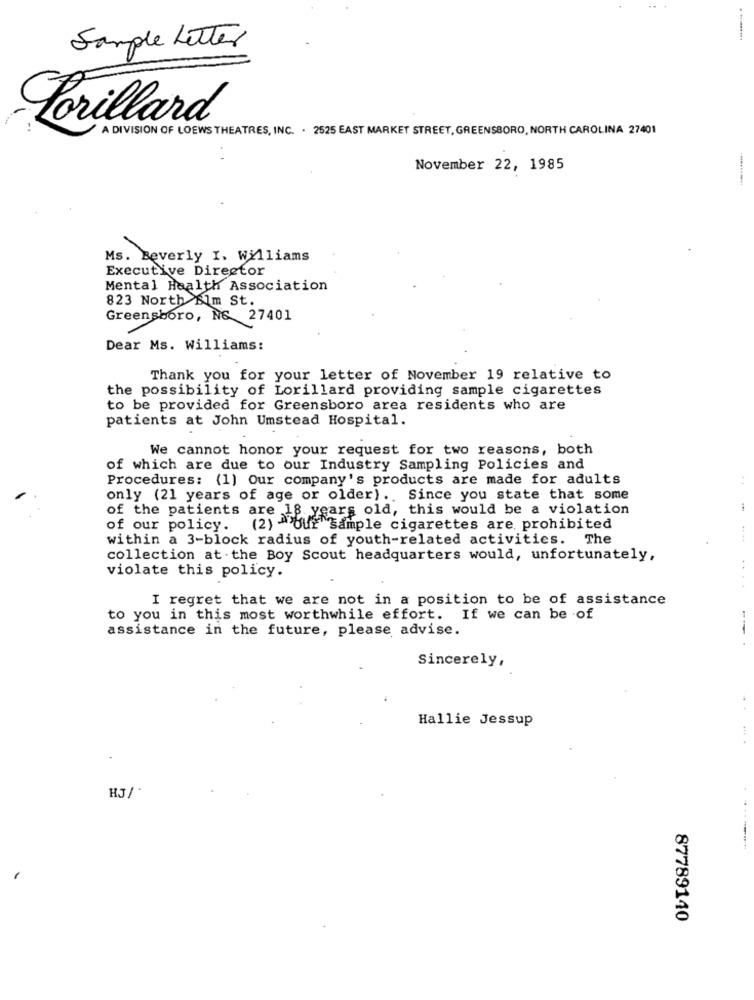
. ........
Sample Letter
Lorillard
A DIVISION OF LOEWS THEATRES, INC. . 2525 EAST MARKET STREET, GREENSBORO, NORTH CAROLINA 27401
November 22, 1985
Ms. Beverly I. Williams
Executive Director
Mental Health Association
823 North Eim St.
Greensboro, NS 27401
Dear Ms. Williams:
Thank you for your letter of November 19 relative to
the possibility of Lorillard providing sample cigarettes
to be provided for Greensboro area residents who are
patients at John Umstead Hospital.
We cannot honor your request for two reasons, both
of which are due to our Industry Sampling Policies and
Procedures: (1) Our company's products are made for adults
only (21 years of age or older) .. Since you state that some
of the patients are 18 years old, this would be a violation
of our policy.
. (2) -"Our Sample cigarettes are prohibited
within a 3-block radius of youth-related activities. The
collection at the Boy Scout headquarters would, unfortunately,
violate this policy.
I regret that we are not in a position to be of assistance
to you in this most worthwhile effort. If we can be -of
assistance in the future, please advise.
Sincerely,
Hallie Jessup
87789140